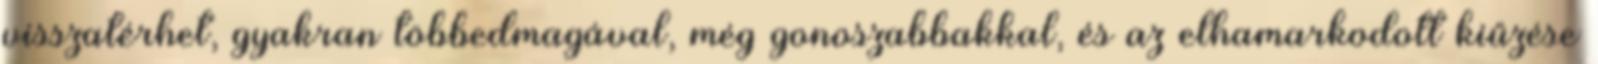
visszatérhet, gyakran többedmagával, még gonoszabbakkal, és az elhamarkodott kiűzése